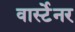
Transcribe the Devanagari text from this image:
वार्स्टेनर